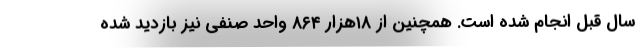
سال قبل انجام شده است. همچنین از ۱۸هزار ۸۶۴ واحد صنفی نیز بازدید شده